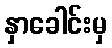
နှာခေါင်းမှ